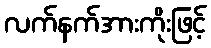
လက်နက်အားကိုးဖြင့်